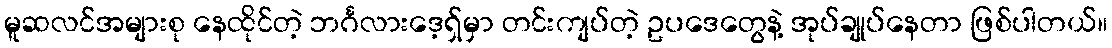
မူဆလင်အများစု နေထိုင်တဲ့ ဘင်္ဂလားဒေ့ရှ်မှာ တင်းကျပ်တဲ့ ဥပဒေတွေနဲ့ အုပ်ချုပ်နေတာ ဖြစ်ပါတယ်။